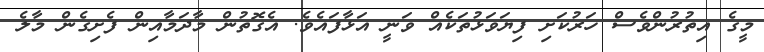
މީގެ އިތުރުންވެސް ހަރުކަށި ފިޔަވަޅުތަކެއް ވަނީ އަޅާފައެވެ. އެގޮތުން މާދަމާއިން ފެށިގެން މާލެ